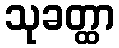
သုခတ္ထာ